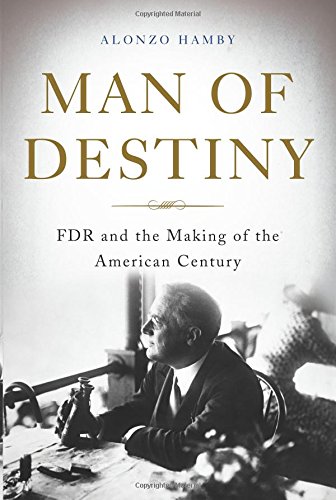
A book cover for Man of Destiny: FDR and the Making of the American Century; Alonzo Hamby; Biographies & Memoirs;